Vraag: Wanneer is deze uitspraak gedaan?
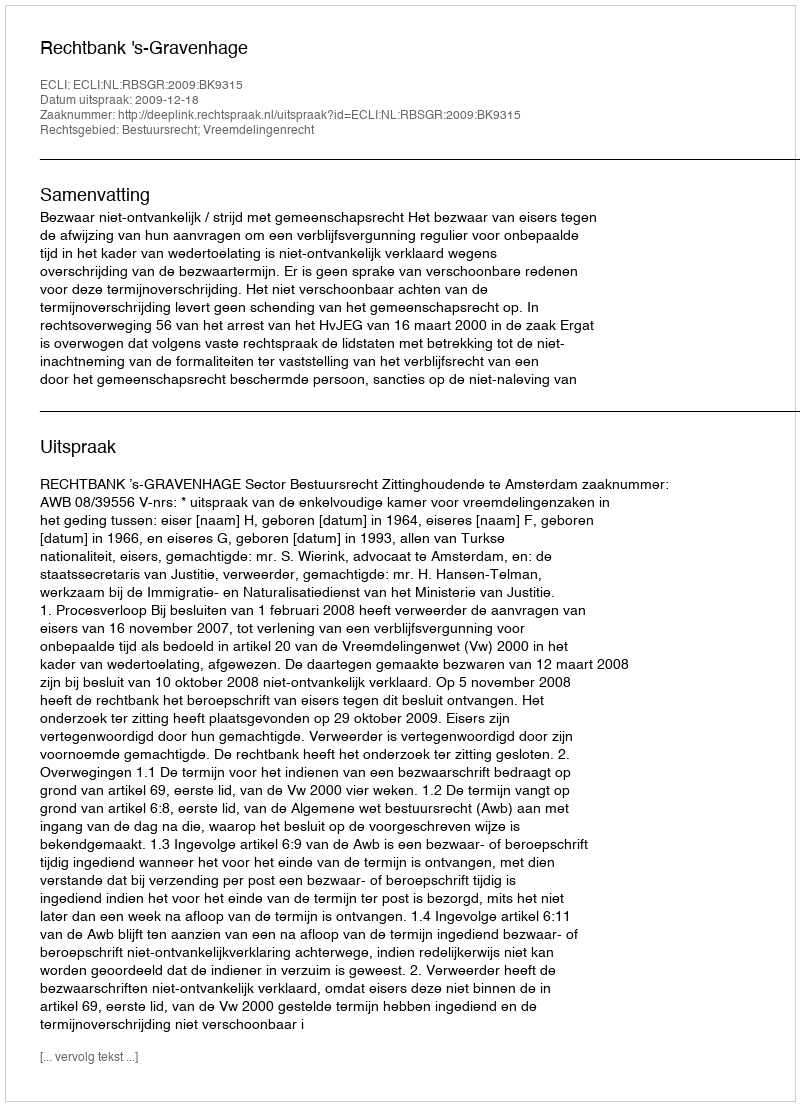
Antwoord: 2009-12-18